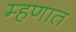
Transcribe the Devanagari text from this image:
म्हणात